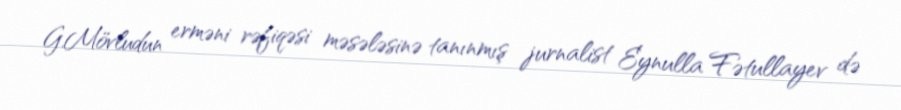
G.Mövludun erməni rəfiqəsi məsələsinə tanınmış jurnalist Eynulla Fətullayev də